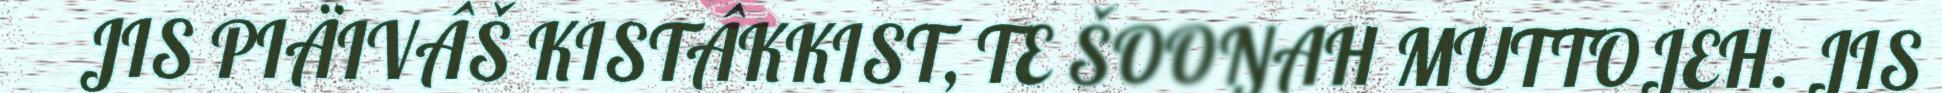
JIS PIÄIVÂŠ KISTÂKKIST, TE ŠOOŊAH MUTTOJEH. JIS